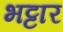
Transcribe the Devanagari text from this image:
भट्टार